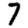
Digit: 7